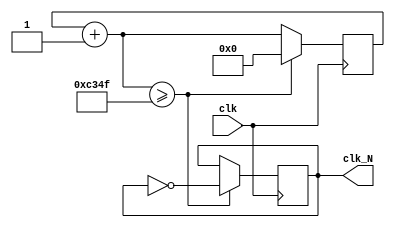
`timescale 1ns / 1ps
//////////////////////////////////////////////////////////////////////////////////
// Company: 
// Engineer: 
// 
// Design Name: 
// Module Name: _7Seg_TimeDivider
// Project Name: 
// Target Devices: 
// Tool Versions: 
// Description: 
// 
// Dependencies: 
// 
// Revision:
// Revision 0.01 - File Created
// Additional Comments:
// 
//////////////////////////////////////////////////////////////////////////////////


module Divider#(parameter N = 100_000)(
    input clk,
    output reg clk_N
    );
    
    reg [31:0] counter;
    always@(posedge clk) begin
        counter = counter+1;
        if(counter >=(N/2-1)) begin
            counter <= 0;
            clk_N <= ~clk_N;
        end
    end
endmodule